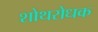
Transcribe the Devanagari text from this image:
शोथरोधक